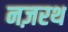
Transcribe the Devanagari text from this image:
नज़रथ